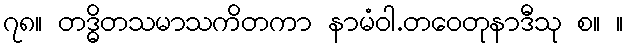
၇၈။ တဒ္ဓိတသမာသကိတကာ နာမံဝါ.တဝေတုနာဒီသု စ။ ။